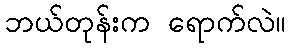
ဘယ်တုန်းက ရောက်လဲ။